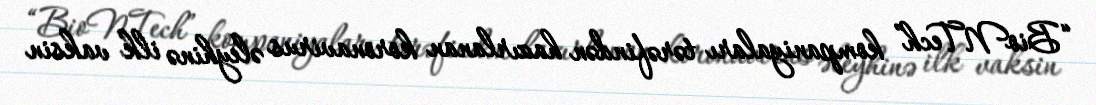
“BioNTech” kompaniyaları tərəfindən hazırlanan koronavirus əleyhinə ilk vaksin